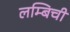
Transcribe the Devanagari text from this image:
लम्बिची